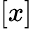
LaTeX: [x]